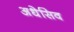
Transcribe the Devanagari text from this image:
अधेसिव